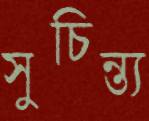
সুচিন্ত্য